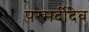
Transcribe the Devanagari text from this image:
परमर्दीदेव